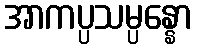
အာကပ္ပသမ္ပန္နော